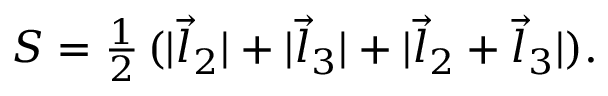
S = { \textstyle { \frac { 1 } { 2 } } } \, ( | \vec { l } _ { 2 } | + | \vec { l } _ { 3 } | + | \vec { l } _ { 2 } + \vec { l } _ { 3 } | ) .